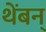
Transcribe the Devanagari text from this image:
थेंबन्